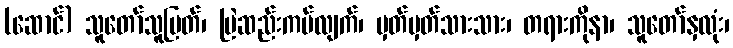
(ဆောင်) သူတော်သူမြတ်၊ မြဲဆည်းကပ်လျက်၊ မှတ်မှတ်သားသား၊ တရားကိုနာ၊ သူတော်နှလုံး၊